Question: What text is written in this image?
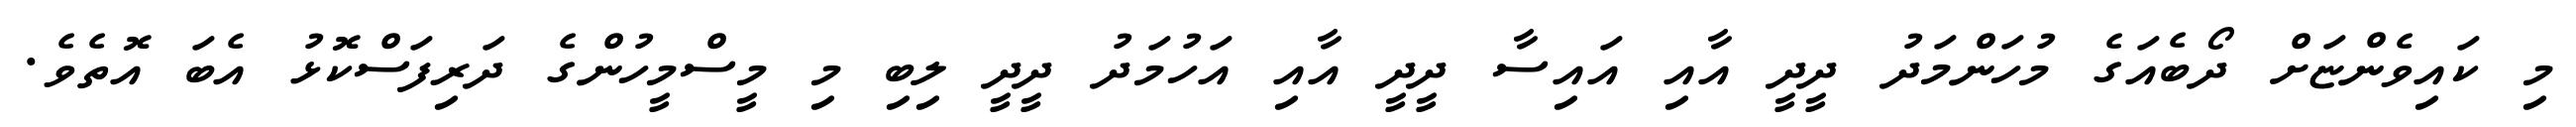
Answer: މި ކައިވެންޏަށް ދޯބެއަގެ މުހަންމަދު ދީދީ އާއި އައިސާ ދީދީ އާއި އަހުމަދު ދީދީ ލިބި މި މީސްމީހުންގެ ދަރިފަސްކޮޅު އެބަ އޮތެވެ.